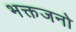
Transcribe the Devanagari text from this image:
भक्तजनो